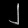
Digit: ၂